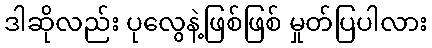
ဒါဆိုလည်း ပုလွေနဲ့ဖြစ်ဖြစ် မှုတ်ပြပါလား